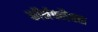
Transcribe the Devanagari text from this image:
कॉर्नफ्लैक्स